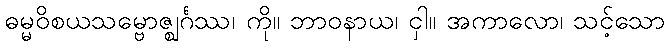
ဓမ္မဝိစယသမ္ဗောဇ္ဈင်္ဂဿ၊ ကို။ ဘာဝနာယ၊ ငှါ။ အကာလော၊ သင့်သော